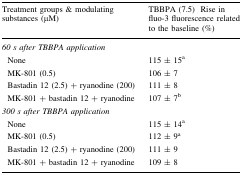
<table><thead><tr><td><b>Treatment groups &amp; modulating substances (μM)</b></td><td><b>TBBPA (7.5)Rise in fluo-3 fluorescence related to the baseline (%)</b></td></tr></thead><tbody><tr><td colspan="2"><i>60 s after TBBPA application</i></td></tr><tr><td> None</td><td>115 ± 15<sup>a</sup></td></tr><tr><td> MK-801 (0.5)</td><td>106 ± 7</td></tr><tr><td> Bastadin 12 (2.5) + ryanodine (200)</td><td>111 ± 8</td></tr><tr><td> MK-801 + bastadin 12 + ryanodine</td><td>107 ± 7<sup>b</sup></td></tr><tr><td colspan="2"><i>300 s after TBBPA application</i></td></tr><tr><td> None</td><td>115 ± 14<sup>a</sup></td></tr><tr><td> MK-801 (0.5)</td><td>112 ± 9<sup>a</sup></td></tr><tr><td> Bastadin 12 (2.5) + ryanodine (200)</td><td>111 ± 9</td></tr><tr><td> MK-801 + bastadin 12 + ryanodine</td><td>109 ± 8</td></tr></tbody></table>